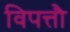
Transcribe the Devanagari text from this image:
विपत्तौ